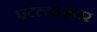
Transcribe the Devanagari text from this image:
पटल्यानंतर